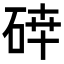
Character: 𥓈